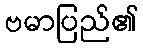
ဗမာပြည်၏